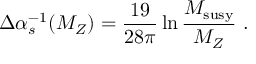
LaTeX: \Delta \alpha _ { s } ^ { - 1 } ( M _ { Z } ) = { \frac { 1 9 } { 2 8 \pi } } \ln { \frac { M _ { \mathrm { s u s y } } } { M _ { Z } } } ~ .